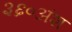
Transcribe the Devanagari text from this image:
३६०अंश